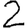
Digit: 2